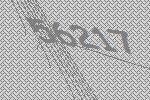
56217